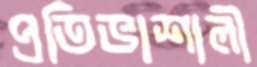
প্রতিভাশালী